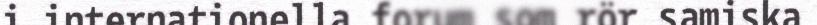
i internationella forum som rör samiska